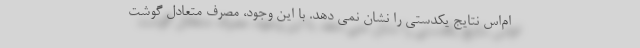
ام‌اس نتایج یکدستی را نشان نمی دهد. با این وجود، مصرف متعادل گوشت